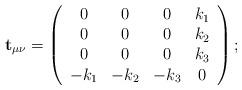
LaTeX: \begin{align*}{\bf t}_{\mu \nu }=\left(\begin{array}{cccc}0 & 0 & 0 & k_{1} \\0 & 0 & 0 & k_{2} \\0 & 0 & 0 & k_{3} \\-k_{1} & -k_{2} & -k_{3} & 0\end{array}\right) ;\end{align*}